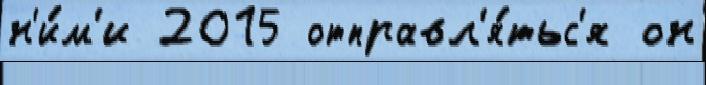
н'и́м'и 2015 отправл'я́тьс'я он